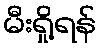
မီးရှို့ရန်